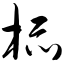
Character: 杯